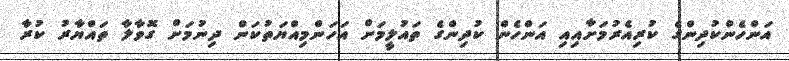
އަންހެންކުދިންގެ ކުރިއެރުމަށާއިއި އަންހެން ކުދިންގެ ތައުލީމަށް އަހަންމިއްޔަތުކަން ދިނުމަށް ގޮވާލާ ތައްޔާރު ކުރާ